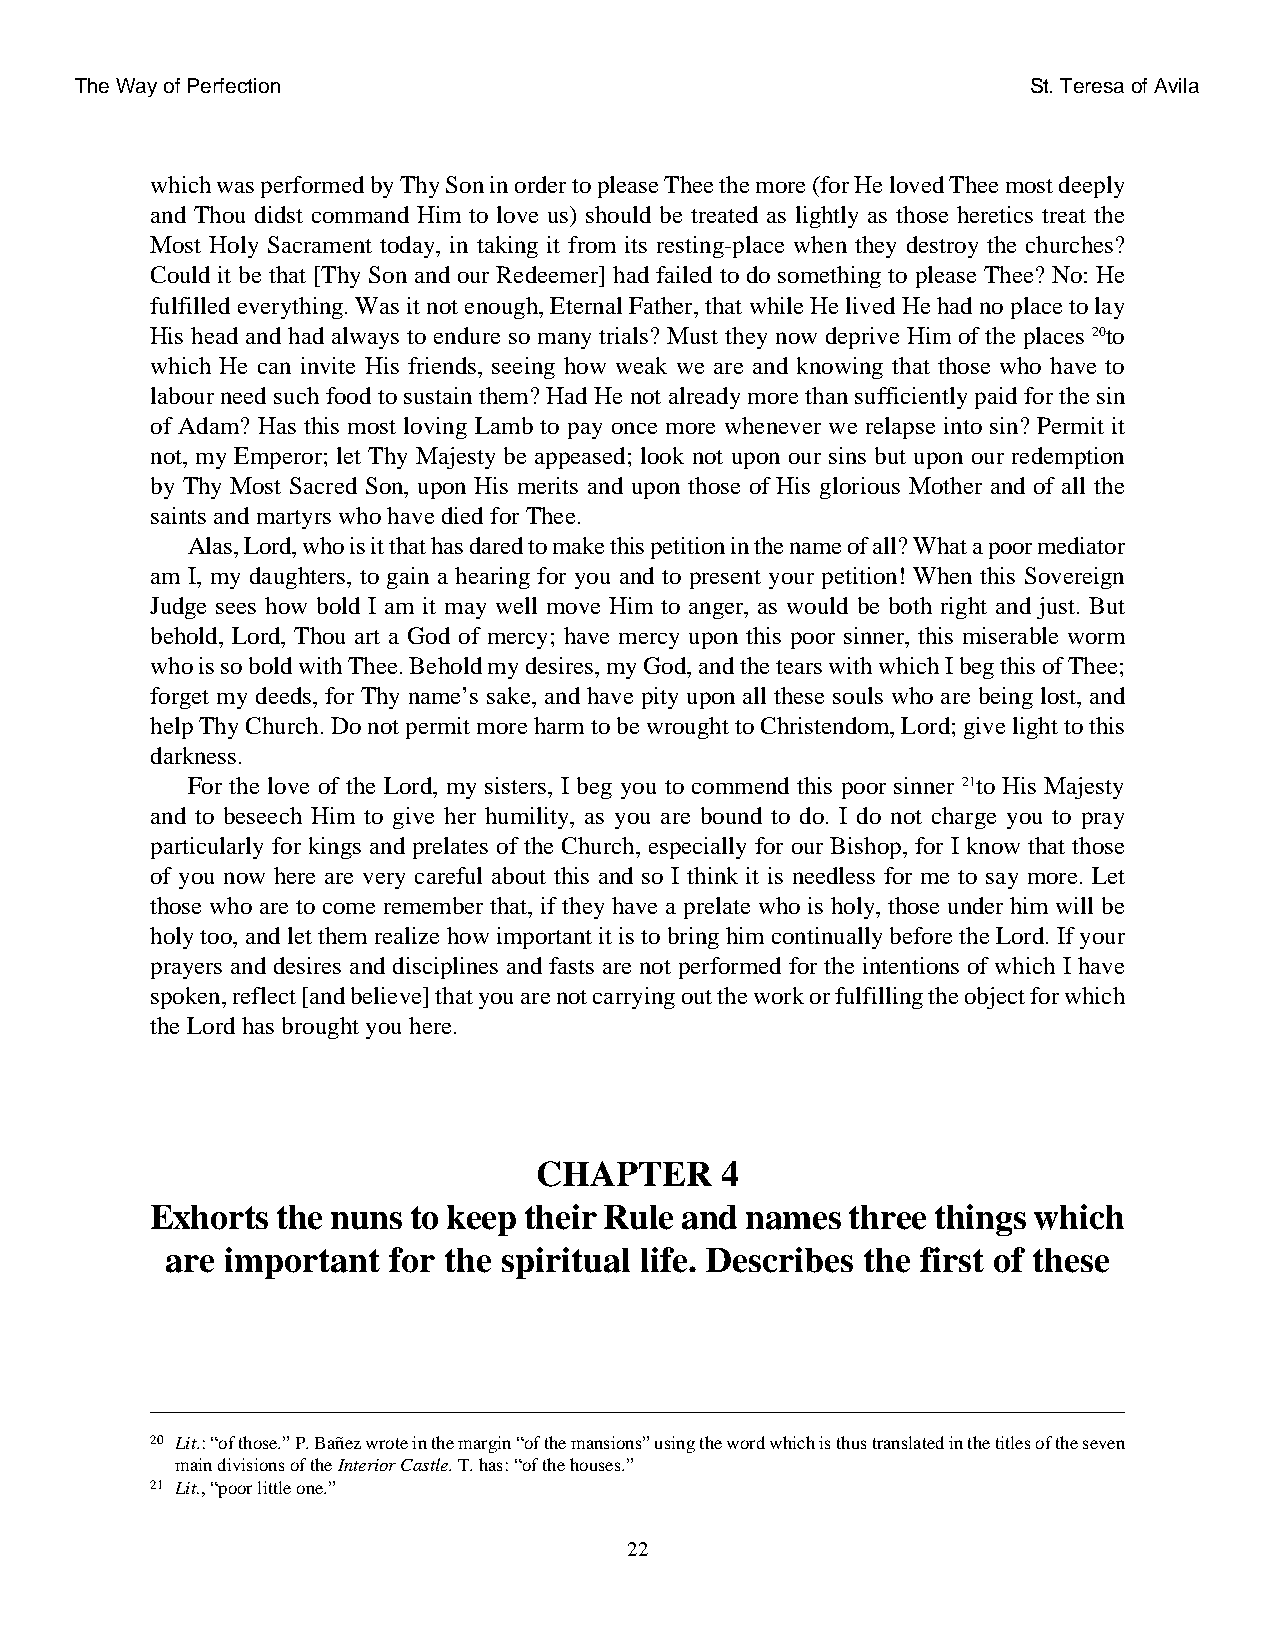
The Way of Perfection                                          St. Teresa of Avila
 which was performed by Thy Son in order to please Thee the more (for He loved Thee most deeply
 and Thou didst command Him to love us) should be treated as lightly as those heretics treat the
 Most Holy Sacrament today, in taking it from its resting-place when they destroy the churches?
 Could it be that [Thy Son and our Redeemer] had failed to do something to please Thee? No: He
 fulfilled everything. Was it not enough, Eternal Father, that while He lived He had no place to lay
 His head and had always to endure so many trials? Must they now deprive Him of the places 20to
 which He can invite His friends, seeing how weak we are and knowing that those who have to
 labour need such food to sustain them? Had He not already more than sufficiently paid for the sin
 of Adam? Has this most loving Lamb to pay once more whenever we relapse into sin? Permit it
 not, my Emperor; let Thy Majesty be appeased; look not upon our sins but upon our redemption
 by Thy Most Sacred Son, upon His merits and upon those of His glorious Mother and of all the
 saints and martyrs who have died for Thee.
 Alas, Lord, who is it that has dared to make this petition in the name of all? What a poor mediator
 am I, my daughters, to gain a hearing for you and to present your petition! When this Sovereign
 Judge sees how bold I am it may well move Him to anger, as would be both right and just. But
 behold, Lord, Thou art a God of mercy; have mercy upon this poor sinner, this miserable worm
 who is so bold with Thee. Behold my desires, my God, and the tears with which I beg this of Thee;
 forget my deeds, for Thy name’s sake, and have pity upon all these souls who are being lost, and
 help Thy Church. Do not permit more harm to be wrought to Christendom, Lord; give light to this
 darkness.
 For the love of the Lord, my sisters, I beg you to commend this poor sinner 21to His Majesty
 and to beseech Him to give her humility, as you are bound to do. I do not charge you to pray
 particularly for kings and prelates of the Church, especially for our Bishop, for I know that those
 of you now here are very careful about this and so I think it is needless for me to say more. Let
 those who are to come remember that, if they have a prelate who is holy, those under him will be
 holy too, and let them realize how important it is to bring him continually before the Lord. If your
 prayers and desires and disciplines and fasts are not performed for the intentions of which I have
 spoken, reflect [and believe] that you are not carrying out the work or fulfilling the object for which
 the Lord has brought you here.
 CHAPTER      4
 Exhorts the nuns to keep their Rule and names three things which
 are important  for the spiritual life. Describes the first of these
 20 Lit.: “of those.” P. Bañez wrote in the margin “of the mansions” using the word which is thus translated in the titles of the seven
 main divisions of the Interior Castle. T. has: “of the houses.”
 21 Lit., “poor little one.”
 22